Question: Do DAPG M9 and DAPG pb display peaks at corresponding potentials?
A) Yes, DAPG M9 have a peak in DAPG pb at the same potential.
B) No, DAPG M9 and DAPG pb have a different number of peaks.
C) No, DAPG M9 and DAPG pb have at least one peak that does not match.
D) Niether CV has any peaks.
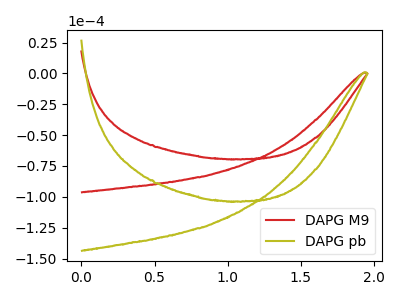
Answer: <think>The red curve "DAPG M9" has no peaks. The olive curve "DAPG pb" has no peaks.</think>
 <answer>D) Niether CV has any peaks.</answer>
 <eval>D</eval>